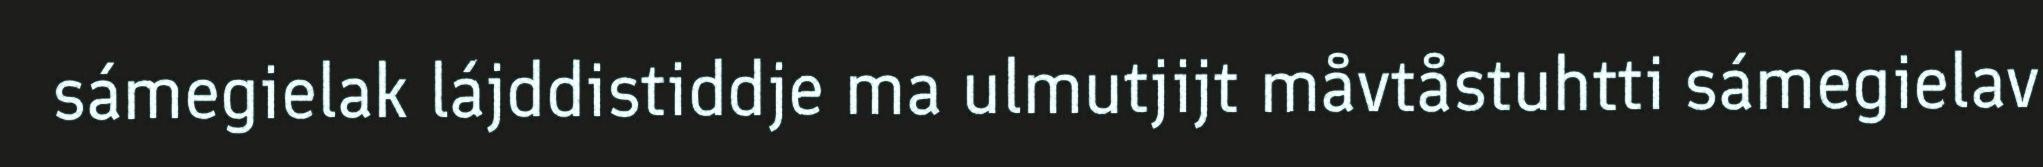
sámegielak lájddistiddje ma ulmutjijt måvtåstuhtti sámegielav